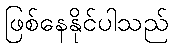
ဖြစ်နေနိုင်ပါသည်